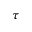
\tau